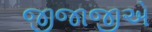
જીજાજીએ